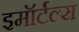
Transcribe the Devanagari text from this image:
इमॉर्टल्स